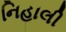
નિહાલી